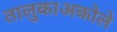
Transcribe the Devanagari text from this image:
तालुकाअकोले